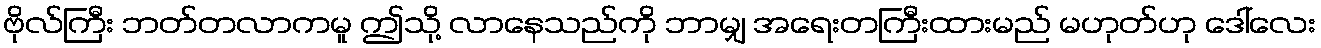
ဗိုလ်ကြီး ဘတ်တလာကမူ ဤသို့ လာနေသည်ကို ဘာမျှ အရေးတကြီးထားမည် မဟုတ်ဟု ဒေါ်လေး